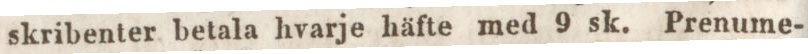
skribenter betala hvarje häfte med 9 sk. Prenume-